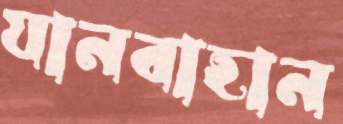
যানবাহান